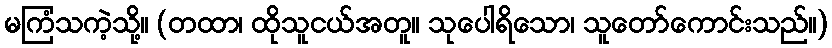
မကြံသကဲ့သို့။ (တထာ၊ ထိုသူငယ်အတူ။ သုပေါရိသော၊ သူတော်ကောင်းသည်။)